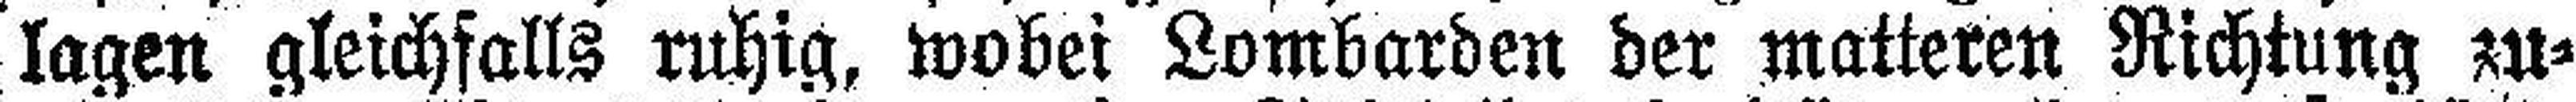
lagen gleichfalls ruhig, wobei Lombarden der matteren Richtung zu¬